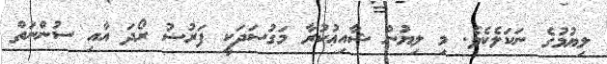
ލިޔުމުގެ ނަކަލެކެވެ. މި ލިޔުން ޝާއިޢުކުރާ މަގުސަދަކީ ފަރުޟު ރޯދަ އާއި ސުންނަތް